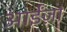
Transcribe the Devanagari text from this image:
आईंज़ा